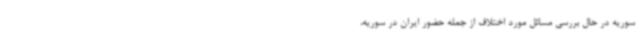
سوریه در حال بررسی مسائل مورد اختلاف از جمله حضور ایران در سوریه،